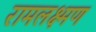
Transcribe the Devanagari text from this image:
रामलक्ष्मण